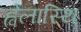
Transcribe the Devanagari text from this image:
ह्वेलास्थि